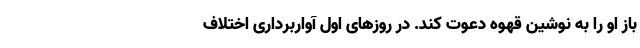
باز او را به نوشین قهوه دعوت کند. در روزهای اولِ آواربرداری اختلاف